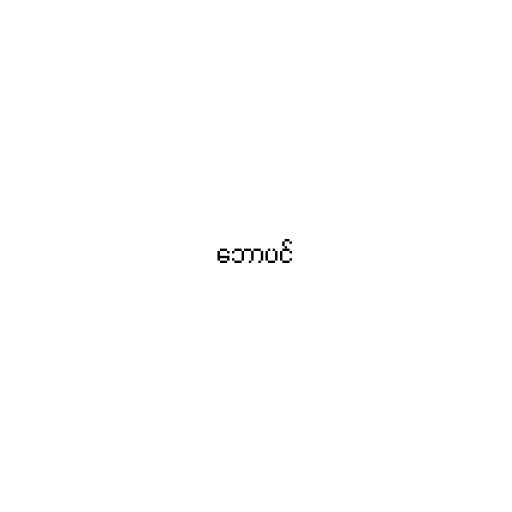
ဘောပင်